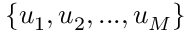
\{ u _ { 1 } , u _ { 2 } , . . . , u _ { M } \}